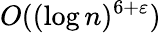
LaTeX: O((\log n)^{6+\varepsilon})